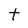
Character: t